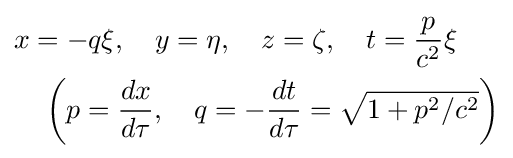
{\begin{aligned}&x=-q\xi ,\quad y=\eta ,\quad z=\zeta ,\quad t={\frac {p}{c^{2}}}\xi \\&\quad \left(p={\frac {dx}{d\tau }},\quad q=-{\frac {dt}{d\tau }}={\sqrt {1+p^{2}/c^{2}}}\right)\end{aligned}}